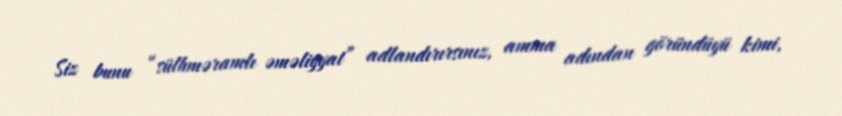
Siz bunu “sülhməramlı əməliyyat” adlandırırsınız, amma adından göründüyü kimi,